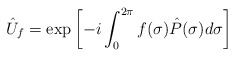
\begin{align*}\hat{U}_f = \exp\left[- i \int_0^{2 \pi} f( \sigma ) \hat{P} ( \sigma ) d \sigma \right]\end{align*}